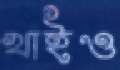
খাইও